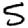
Digit: 5